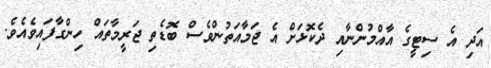
އަދި އެ ސިޓީގެ އާއްމުންނާއި ދެކޮޅަށް އެ ޖަމާއަތުންވެސް ބޮޑެތި ޖަރީމާތައް ހިންގާފައިވެއެވެ.